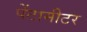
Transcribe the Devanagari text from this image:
पेंटामीटर